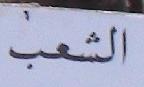
الشمب